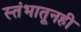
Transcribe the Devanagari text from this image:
स्तंभातूनही